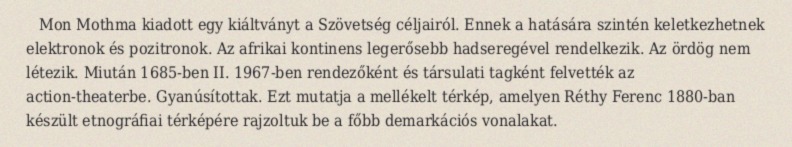
Mon Mothma kiadott egy kiáltványt a Szövetség céljairól. Ennek a hatására szintén keletkezhetnek elektronok és pozitronok. Az afrikai kontinens legerősebb hadseregével rendelkezik. Az ördög nem létezik. Miután 1685-ben II. 1967-ben rendezőként és társulati tagként felvették az action-theaterbe. Gyanúsítottak. Ezt mutatja a mellékelt térkép, amelyen Réthy Ferenc 1880-ban készült etnográfiai térképére rajzoltuk be a főbb demarkációs vonalakat.